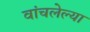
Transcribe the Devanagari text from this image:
वांचलेल्या